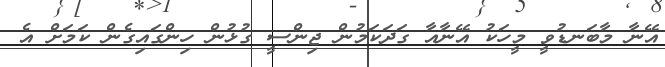
އޭނާ މާބަނޑުވީ މީހަކު އޭނާއާ ގަދަކަމުން ޖިންސީ ގުޅުން ހިންގައިގެން ކަމަށް އެ